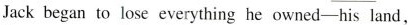
Jack began to lose everything he owned-his land，